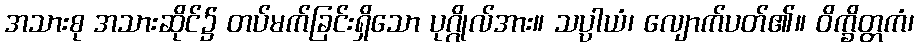
အသားစု အသားဆိုင်၌ တပ်မက်ခြင်းရှိသော ပုဂ္ဂိုလ်အား။ သပ္ပာယံ၊ လျောက်ပတ်၏။ ဝိက္ခိတ္တကံ၊